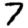
Digit: 7